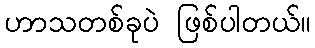
ဟာသတစ်ခုပဲ ဖြစ်ပါတယ်။